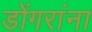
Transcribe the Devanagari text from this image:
डोंगरांना